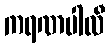
ကရဏပါလီ